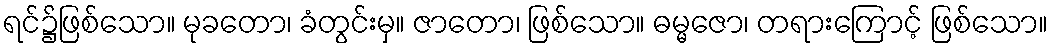
ရင်၌ဖြစ်သော။ မုခတော၊ ခံတွင်းမှ။ ဇာတော၊ ဖြစ်သော။ ဓမ္မဇော၊ တရားကြောင့် ဖြစ်သော။